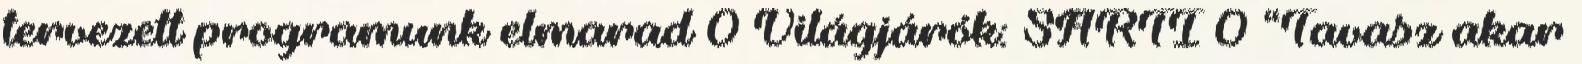
tervezett programunk elmarad 0 Világjárók: SARTI 0 “Tavasz akar